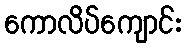
ကောလိပ်ကျောင်း